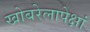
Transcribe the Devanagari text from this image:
खोबरेलापेक्षां